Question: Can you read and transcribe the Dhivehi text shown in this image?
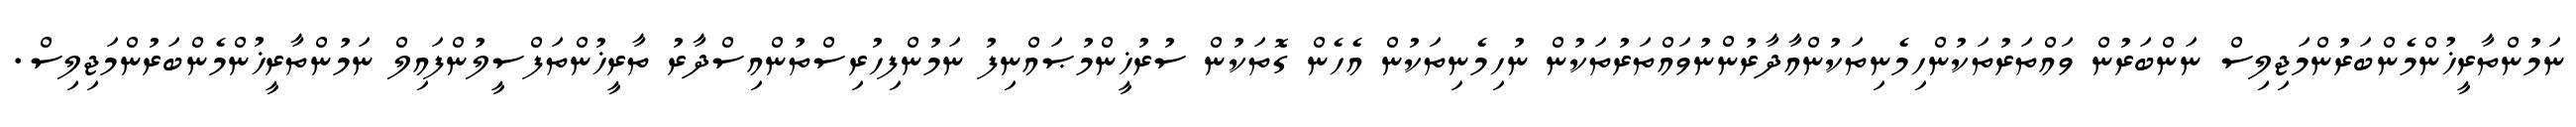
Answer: ނަމުންތާރީޚުންމެންބަރުންމަޖިލިސް ނަންބަރުން ވައްތަރުތަކުންހިމެނިތަކުންއާދާރުންނުވައްތަރުތަކުން ނުހިމެނިތަކުން އެހެން ގޮތަކުން ސުރުޚީންމުޞައްނިފު ނަމުންފިހުރިސްތުންއިސްދާރު ތާރީޚުންތަފްސީލުންފައިލް ނަމުންތާރީޚުންމެންބަރުންމަޖިލިސް.